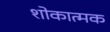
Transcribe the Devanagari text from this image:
शोकात्मक